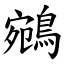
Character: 鵷